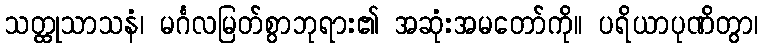
သတ္ထုသာသနံ၊ မင်္ဂလမြတ်စွာဘုရား၏ အဆုံးအမတော်ကို။ ပရိယာပုဏိတွာ၊